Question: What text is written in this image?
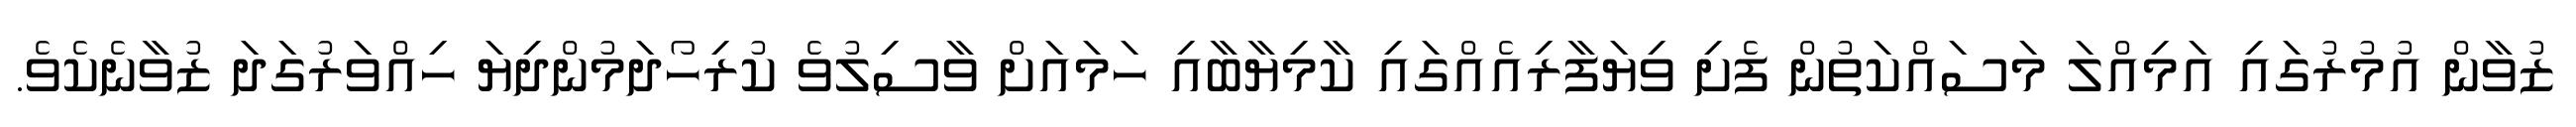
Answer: ޒުވާން އުމުރުގައި އަމިއްލަ މަސައްކަތުން ފެށި ވިޔަފާރިއެއްގައި ކާމިޔާބާއި ހަމައަށް ވާސިލުވެ ކުރިހޯދަމުންދިޔަ ހިއްވަރުގަދަ ޒުވާނެކެވެ.